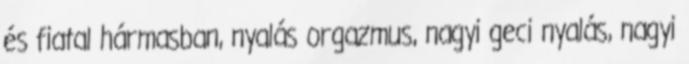
és fiatal hármasban, nyalás orgazmus, nagyi geci nyalás, nagyi